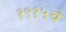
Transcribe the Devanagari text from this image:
१९१५चे